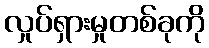
လှုပ်ရှားမှုတစ်ခုကို